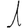
Digit: 1